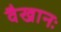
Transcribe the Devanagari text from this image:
वैखानः